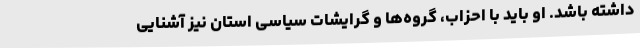
داشته باشد. او باید با احزاب، گروه‌ها و گرایشات سیاسی استان نیز آشنایی